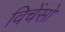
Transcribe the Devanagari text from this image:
विचेंसो